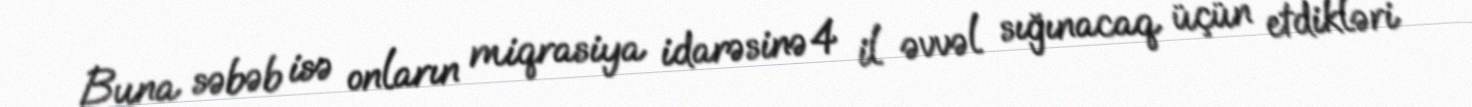
Buna səbəb isə onların miqrasiya idarəsinə 4 il əvvəl sığınacaq üçün etdikləri